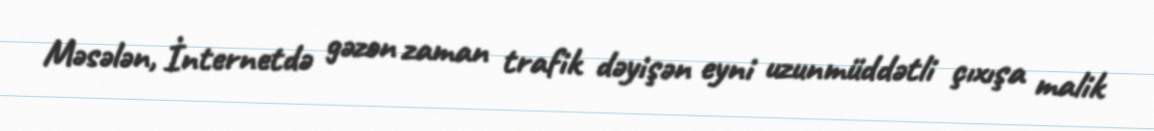
Məsələn, İnternetdə gəzən zaman trafik dəyişən eyni uzunmüddətli çıxışa malik